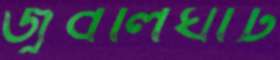
জুবলিঘাট